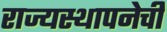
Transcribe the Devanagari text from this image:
राज्यस्थापनेची